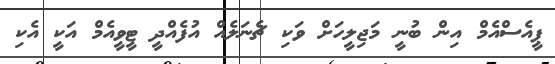
ޕީއެސްއެމް އިން ބުނީ މަޖިލީހަށް ވަކި ޗެނަލެއް އުފެއްދީ ޓީވީއެމް އަކީ އެކި